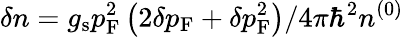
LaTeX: \delta n=g_{\mathrm{s}}p_{\mathrm{F}}^{2}\left(2\delta p_{\mathrm{F}}+\delta p_{\mathrm{F}}^{2}\right)/4\pi\hbar^{2}n^{(0)}